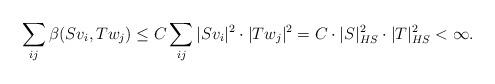
LaTeX: \begin{align*}\sum_{ij}\beta(Sv_i,Tw_j)\leq C\sum_{ij}|Sv_i|^2\cdot|Tw_j|^2=C\cdot|S|^2_{HS}\cdot |T|^2_{HS}<\infty.\end{align*}